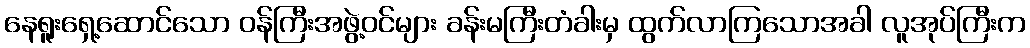
နေရူးရှေ့ဆောင်သော ဝန်ကြီးအဖွဲ့ဝင်များ ခန်းမကြီးတံခါးမှ ထွက်လာကြသောအခါ လူအုပ်ကြီးက